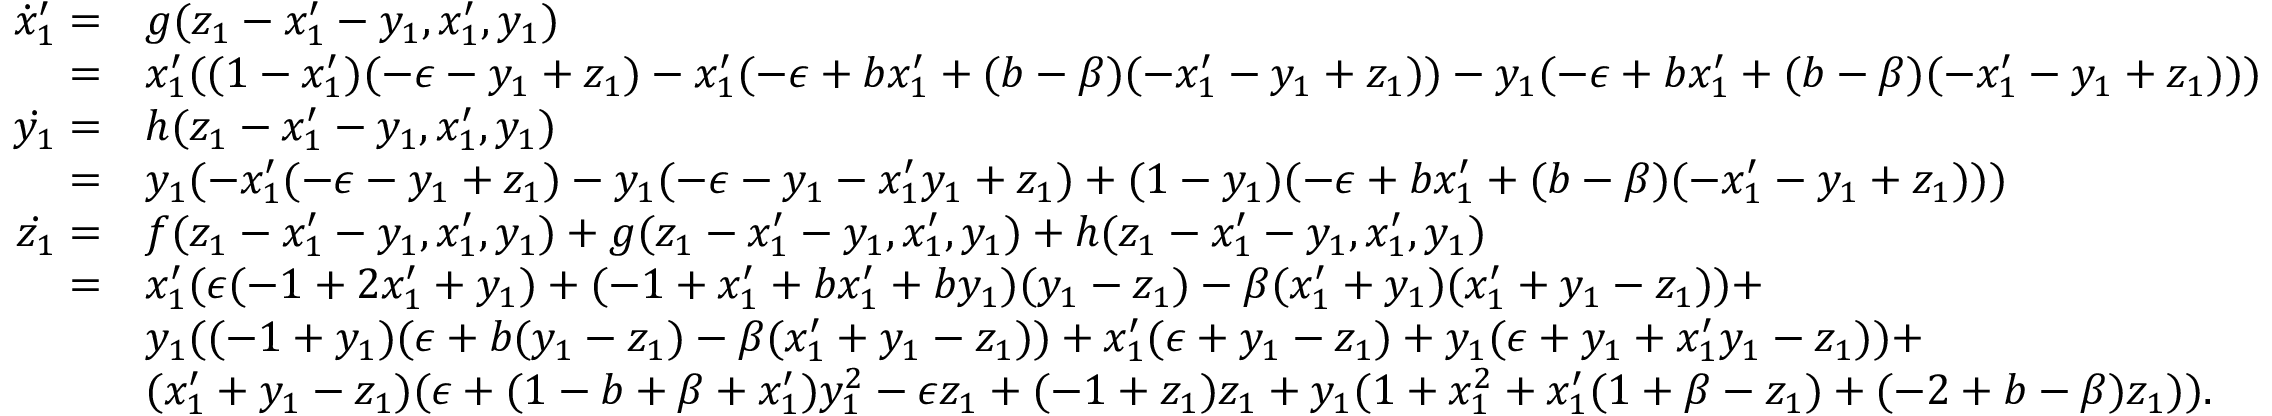
\begin{array} { r l } { \dot { x } _ { 1 } ^ { \prime } = } & { g ( z _ { 1 } - x _ { 1 } ^ { \prime } - y _ { 1 } , x _ { 1 } ^ { \prime } , y _ { 1 } ) } \\ { = } & { x _ { 1 } ^ { \prime } ( ( 1 - x _ { 1 } ^ { \prime } ) ( - \epsilon - y _ { 1 } + z _ { 1 } ) - x _ { 1 } ^ { \prime } ( - \epsilon + b x _ { 1 } ^ { \prime } + ( b - \beta ) ( - x _ { 1 } ^ { \prime } - y _ { 1 } + z _ { 1 } ) ) - y _ { 1 } ( - \epsilon + b x _ { 1 } ^ { \prime } + ( b - \beta ) ( - x _ { 1 } ^ { \prime } - y _ { 1 } + z _ { 1 } ) ) ) } \\ { \dot { y _ { 1 } } = } & { h ( z _ { 1 } - x _ { 1 } ^ { \prime } - y _ { 1 } , x _ { 1 } ^ { \prime } , y _ { 1 } ) } \\ { = } & { y _ { 1 } ( - x _ { 1 } ^ { \prime } ( - \epsilon - y _ { 1 } + z _ { 1 } ) - y _ { 1 } ( - \epsilon - y _ { 1 } - x _ { 1 } ^ { \prime } y _ { 1 } + z _ { 1 } ) + ( 1 - y _ { 1 } ) ( - \epsilon + b x _ { 1 } ^ { \prime } + ( b - \beta ) ( - x _ { 1 } ^ { \prime } - y _ { 1 } + z _ { 1 } ) ) ) } \\ { \dot { z _ { 1 } } = } & { f ( z _ { 1 } - x _ { 1 } ^ { \prime } - y _ { 1 } , x _ { 1 } ^ { \prime } , y _ { 1 } ) + g ( z _ { 1 } - x _ { 1 } ^ { \prime } - y _ { 1 } , x _ { 1 } ^ { \prime } , y _ { 1 } ) + h ( z _ { 1 } - x _ { 1 } ^ { \prime } - y _ { 1 } , x _ { 1 } ^ { \prime } , y _ { 1 } ) } \\ { = } & { x _ { 1 } ^ { \prime } ( \epsilon ( - 1 + 2 x _ { 1 } ^ { \prime } + y _ { 1 } ) + ( - 1 + x _ { 1 } ^ { \prime } + b x _ { 1 } ^ { \prime } + b y _ { 1 } ) ( y _ { 1 } - z _ { 1 } ) - \beta ( x _ { 1 } ^ { \prime } + y _ { 1 } ) ( x _ { 1 } ^ { \prime } + y _ { 1 } - z _ { 1 } ) ) + } \\ & { y _ { 1 } ( ( - 1 + y _ { 1 } ) ( \epsilon + b ( y _ { 1 } - z _ { 1 } ) - \beta ( x _ { 1 } ^ { \prime } + y _ { 1 } - z _ { 1 } ) ) + x _ { 1 } ^ { \prime } ( \epsilon + y _ { 1 } - z _ { 1 } ) + y _ { 1 } ( \epsilon + y _ { 1 } + x _ { 1 } ^ { \prime } y _ { 1 } - z _ { 1 } ) ) + } \\ & { ( x _ { 1 } ^ { \prime } + y _ { 1 } - z _ { 1 } ) ( \epsilon + ( 1 - b + \beta + x _ { 1 } ^ { \prime } ) y _ { 1 } ^ { 2 } - \epsilon z _ { 1 } + ( - 1 + z _ { 1 } ) z _ { 1 } + y _ { 1 } ( 1 + x _ { 1 } ^ { 2 } + x _ { 1 } ^ { \prime } ( 1 + \beta - z _ { 1 } ) + ( - 2 + b - \beta ) z _ { 1 } ) ) . } \end{array}